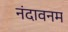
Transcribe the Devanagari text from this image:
नंदावनम